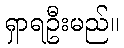
ရှာရဦးမည်။